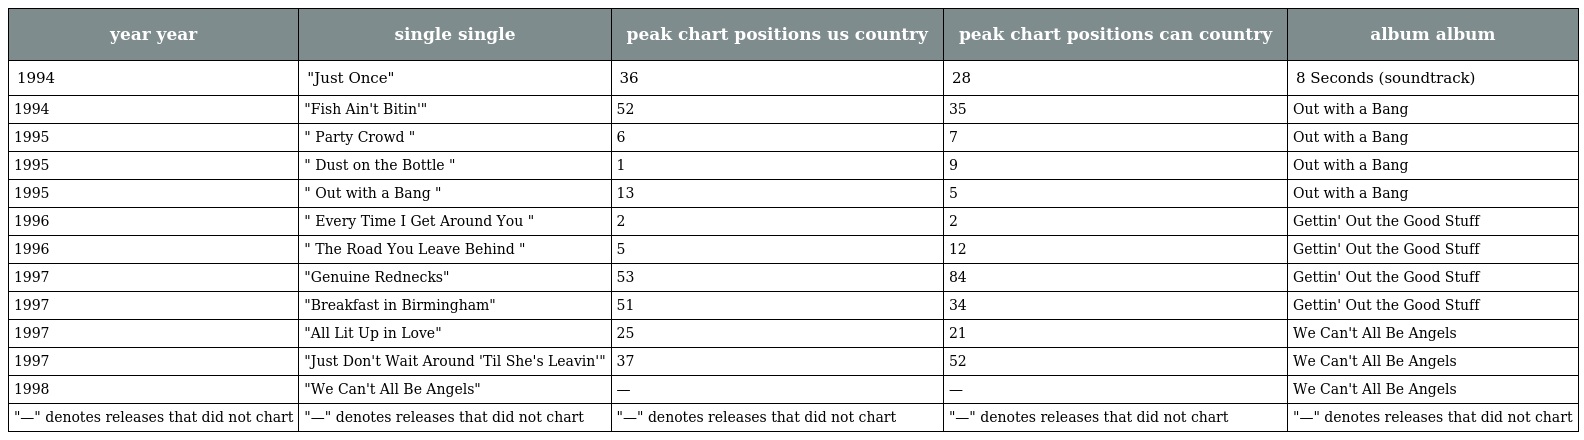
| year year | single single | peak chart positions us country | peak chart positions can country | album album |
 | --- | --- | --- | --- | --- |
 | 1994 | "Just Once" | 36 | 28 | 8 Seconds (soundtrack) |
 | 1994 | "Fish Ain't Bitin'" | 52 | 35 | Out with a Bang |
 | 1995 | " Party Crowd " | 6 | 7 | Out with a Bang |
 | 1995 | " Dust on the Bottle " | 1 | 9 | Out with a Bang |
 | 1995 | " Out with a Bang " | 13 | 5 | Out with a Bang |
 | 1996 | " Every Time I Get Around You " | 2 | 2 | Gettin' Out the Good Stuff |
 | 1996 | " The Road You Leave Behind " | 5 | 12 | Gettin' Out the Good Stuff |
 | 1997 | "Genuine Rednecks" | 53 | 84 | Gettin' Out the Good Stuff |
 | 1997 | "Breakfast in Birmingham" | 51 | 34 | Gettin' Out the Good Stuff |
 | 1997 | "All Lit Up in Love" | 25 | 21 | We Can't All Be Angels |
 | 1997 | "Just Don't Wait Around 'Til She's Leavin'" | 37 | 52 | We Can't All Be Angels |
 | 1998 | "We Can't All Be Angels" | — | — | We Can't All Be Angels |
 | "—" denotes releases that did not chart | "—" denotes releases that did not chart | "—" denotes releases that did not chart | "—" denotes releases that did not chart | "—" denotes releases that did not chart |